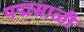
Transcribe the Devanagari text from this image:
पद्मसाळी